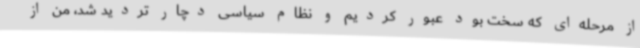
از مرحله‌ای که سخت بود عبور کردیم و نظام سیاسی دچار تردید شد، من از